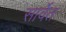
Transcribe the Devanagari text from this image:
सार्वेत